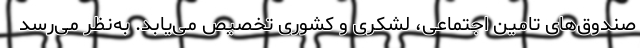
صندوق‌های تامین اجتماعی، لشکری و کشوری تخصیص می‌یابد. به‌نظر می‌رسد